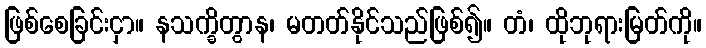
ဖြစ်စေခြင်းငှာ။ နသက္ခိတွာန၊ မတတ်နိုင်သည်ဖြစ်၍။ တံ၊ ထိုဘုရားမြတ်ကို။